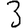
Digit: 3